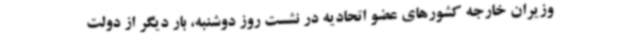
وزیران خارجه کشورهای عضو اتحادیه در نشست روز دوشنبه، بار دیگر از دولت